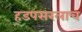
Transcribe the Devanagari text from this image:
ह्डपसरलाच